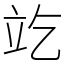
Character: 䇄